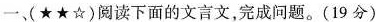
一、〔★★☆}阅读下面的文言文，完成问题。(19分)